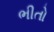
ભીતો